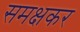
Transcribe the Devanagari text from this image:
समक्षकर